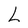
Character: L